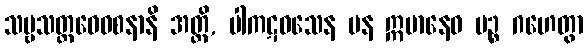
သဗ္ဗသတ္တဝေဝစနာနိ အတ္ထိ, ပါကဋဝသေန ပန ဣမာနေဝ ပဉ္စ ဂဟေတွာ